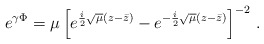
\begin{align*}e^{\gamma\Phi} = \mu\left[e^{\frac i2 \sqrt{\mu} (z - \bar z)} - e^{-\frac i2 \sqrt{\mu} (z - \bar z)}\right]^{-2}\,.\end{align*}